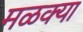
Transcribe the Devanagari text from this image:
मळक्या